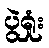
ပွဲရှုံး